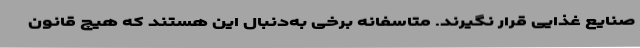
صنایع غذایی قرار نگیرند. متاسفانه برخی به‌دنبال این هستند که هیچ قانون